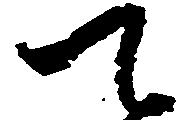
て